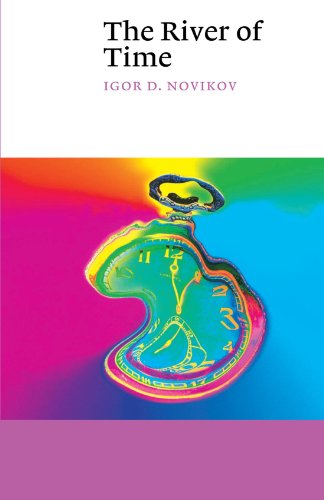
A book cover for The River of Time (Canto); Igor D. Novikov; Science & Math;